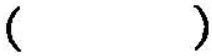
()